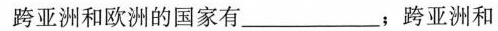
跨亚洲和欧洲的国家有______，跨亚洲和